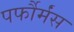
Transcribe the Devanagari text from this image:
पर्फौर्मंस